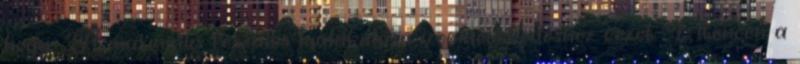
hogy: "A maximális feszülés kialakulása izomnövekedéshez vezet. Eltérően a